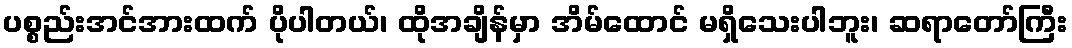
ပစ္စည်းအင်အားထက် ပိုပါတယ်၊ ထိုအချိန်မှာ အိမ်ထောင် မရှိသေးပါဘူး၊ ဆရာတော်ကြီး